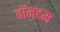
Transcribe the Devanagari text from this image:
बॉनहम